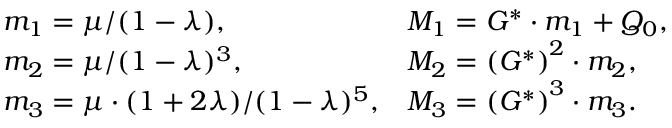
\begin{array} { l l } { m _ { 1 } = { \mu } / { ( 1 - \lambda ) } , } & { M _ { 1 } = G ^ { * } \cdot m _ { 1 } + Q _ { 0 } , } \\ { m _ { 2 } = { \mu } / { ( 1 - \lambda ) ^ { 3 } } , } & { M _ { 2 } = \left( G ^ { * } \right) ^ { 2 } \cdot m _ { 2 } , } \\ { m _ { 3 } = { \mu \cdot ( 1 + 2 \lambda ) } / { ( 1 - \lambda ) ^ { 5 } } , } & { M _ { 3 } = \left( G ^ { * } \right) ^ { 3 } \cdot m _ { 3 } . } \end{array}